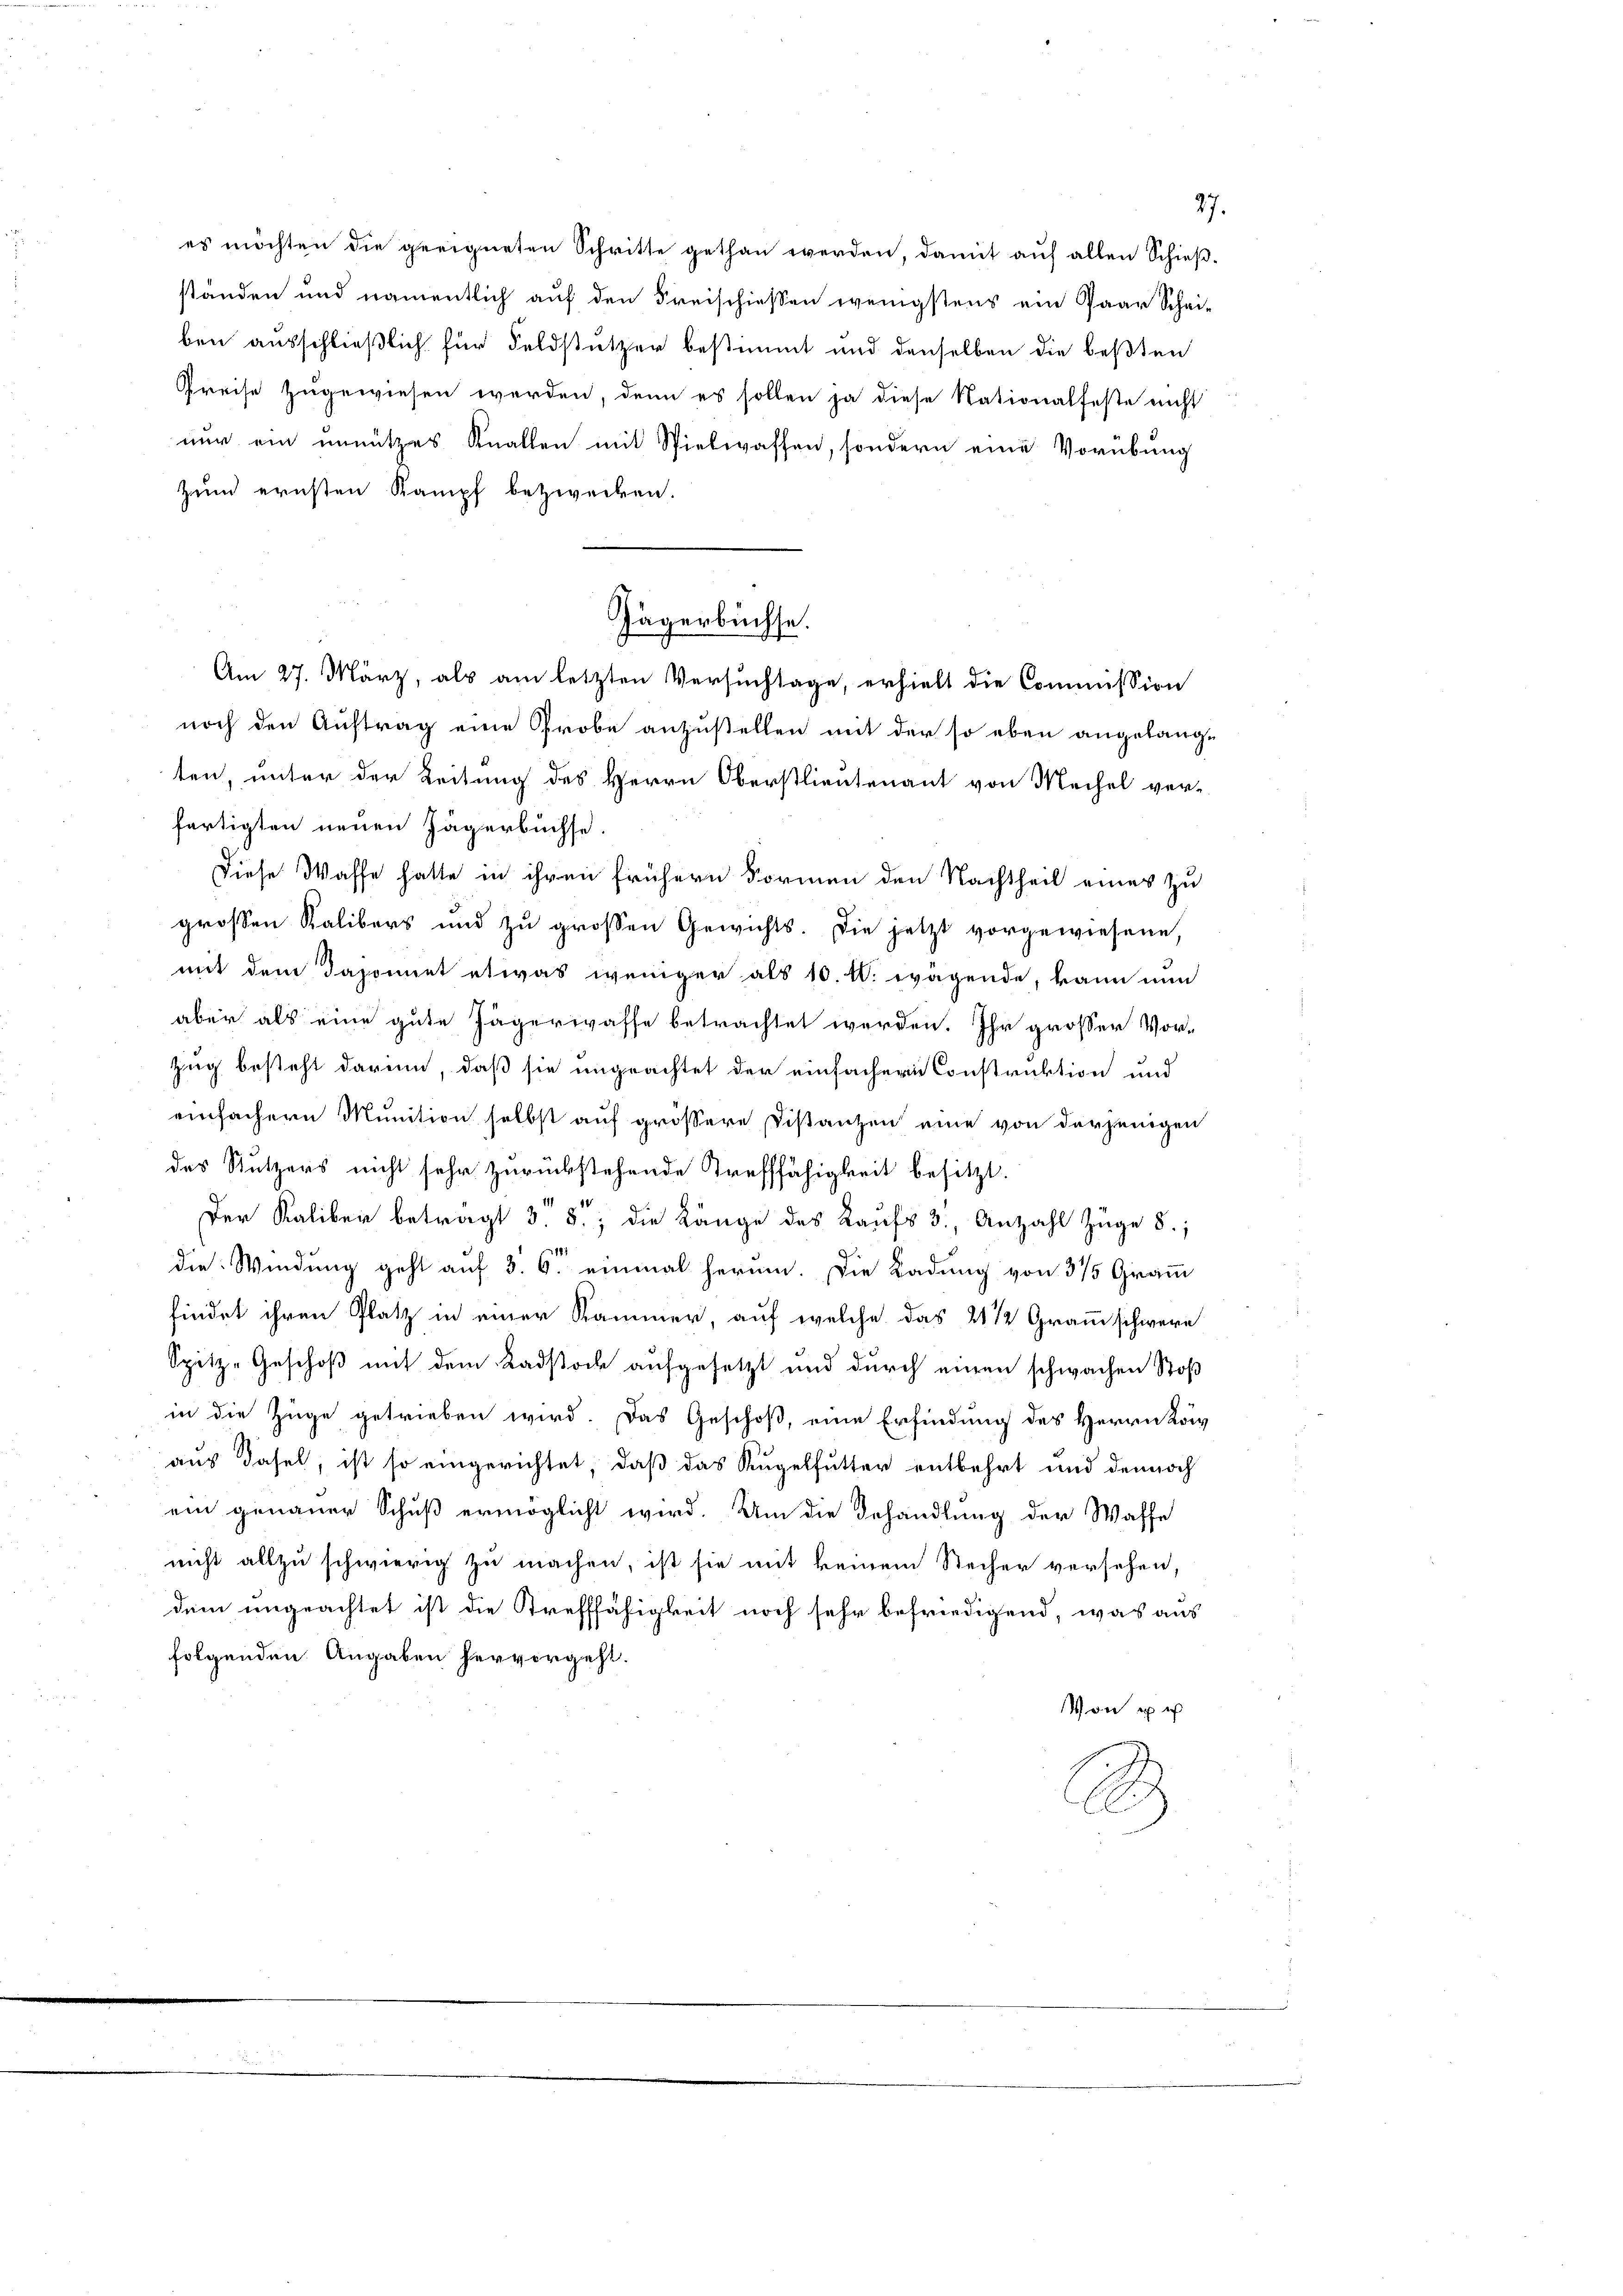
es möchten die geeigneten Schritte gethan werden, damit auf allen Schießständen und namentlich auf den Freischiessen wenigstens ein Paar Schei-
ben ausschließlich für Feldstützer bestimmt und denselben die beßten
Preise zugewiesen werden, denn es sollen ja diese Nationalfeste nicht
nur ein unnützes Knallen mit Spielwassen, sondern eine Vorübung
Zum ernsten Kampf bezwecken.
noch den Auftrag eine Probe anzustellen mit der so eben angelange
ten, unter der Leitung des Herrn Oberstlieutenant von Mechel ver-
fertigten neuen Jägerbüchse.
Diese Waffe hatte in ihren frühern Formen den Nachtheil eines zu
großen Kalibers und zu großen Gewichts. Die jetzt vorgewiesene,
mit dem Daponnet etwas weniger als 10. l. wägende, kann nun
aber als eine gute Jägerwasse betrachtet werden. Ihr grosser Vor¬
Zug besteht darin, daß sie ungeachtet der einfachern Construktion und
einfachern Munition selbst auf grössere Distanzen eine von derjenigen
des Nutzers nicht sehr zurückstehende Trefffähigkeit besitzt.
Der Kaliber betragt 3. 5., die Länge des Kaufs 3, Anzahl Züge 8.;
die Windung geht auf 3. 6. einmal herum. Die Ladung von 375 Gramm
findet ihren Platz in einer Kammer, auf welche das 2 1/2 Gramm schwere
Spitze Geschoß mit dem Radstock aufgesetzt und durch einen schwachen Stoß
in die Züge getrieben wird. Das Geschoß, eine Erfindung des Herrn Kon
aus dasel, ist so eingerichtet, daß das Kugelfutter entbehrt und dennoch
ein genauer Schuß ermöglicht wird. Um die Behandlung der Waffe
nicht allzu schwierig zu machen, ist sie mit keinem Stecher versehen,
dem ungeachtet ist die Strefffähigkeit noch sehr befriedigend, was aus
folgenden Angaben hervorgeht.
Von ei
2

Jägerbüchse.
Am 27. März, als am letzten Versuchtage, erhielt die Commission

27.